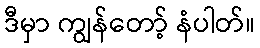
ဒီမှာ ကျွန်တော့် နံပါတ်။